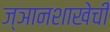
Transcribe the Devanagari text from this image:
ज्ञानशाखेची